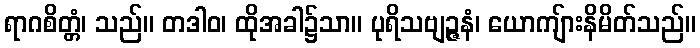
ရာဂစိတ္တံ၊ သည်။ တဒါဝ၊ ထိုအခါ၌သာ။ ပုရိသဗျဉ္ဇနံ၊ ယောကျ်ားနိမိတ်သည်။